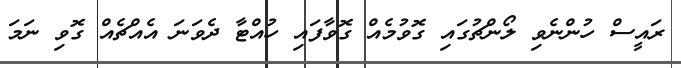
ރައީސް ހުންނެވި ލޯންޗުގައި ގޮވުމެއް ގޮވާފައި ހުއްޓާ ދެވަނަ އެއްޗެއް ގޮވި ނަމަ